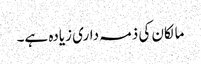
مالکان کی ذمہ داری زیادہ ہے۔